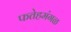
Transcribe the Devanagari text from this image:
फतेहमंगळ